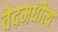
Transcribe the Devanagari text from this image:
वेदमधीत्य